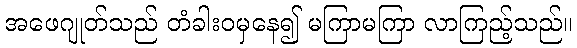
အဖေဂျုတ်သည် တံခါးဝမှနေ၍ မကြာမကြာ လာကြည့်သည်။